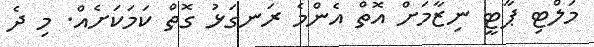
މަލްޓި ޕާޓީ ނިޒާމަށް އޮތް އެންމެ ރަނގަޅު ގޮތް ކަމަކަށެއް. މި ދެ